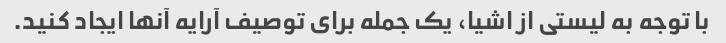
با توجه به لیستی از اشیا، یک جمله برای توصیف آرایه آنها ایجاد کنید.